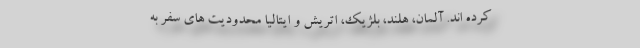
کرده اند. آلمان، هلند، بلژیک، اتریش و ایتالیا محدودیت های سفر به